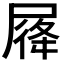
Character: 𡲛